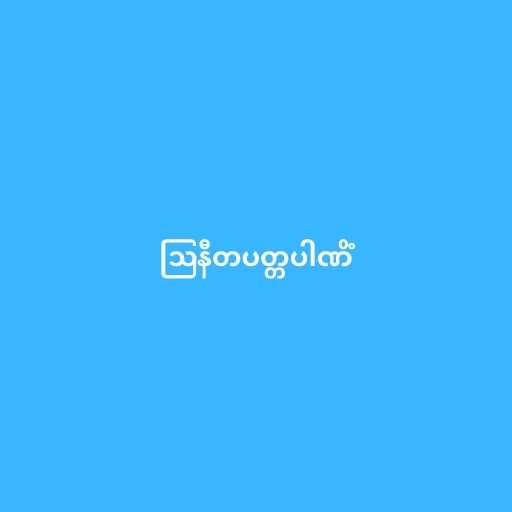
ဩနီတပတ္တပါဏိံ